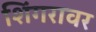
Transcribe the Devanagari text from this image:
शिंगरावर